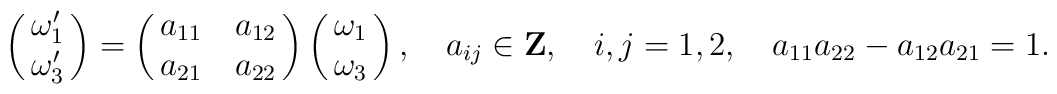
\pmatrix{\omega_1^\prime\cr         \omega_3^\prime\cr}   =\pmatrix{a_{11}&a_{12}\cr           a_{21}&a_{22}\cr}   \pmatrix{\omega_1\cr         \omega_3\cr},\quad a_{ij}\in{\bf Z}, \quad i,j=1,2,   \quad a_{11}a_{22}-a_{12}a_{21}=1.